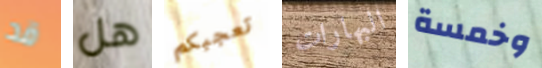
قد هل تعجبكم البهارات وخمسة